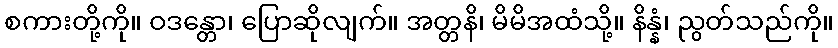
စကားတို့ကို။ ဝဒန္တော၊ ပြောဆိုလျက်။ အတ္တနိ၊ မိမိအထံသို့။ နိန္နံ၊ ညွတ်သည်ကို။